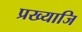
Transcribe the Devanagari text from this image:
प्रख्याजि